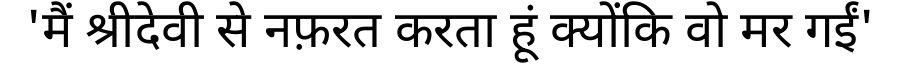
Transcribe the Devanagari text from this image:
'मैं श्रीदेवी से नफ़रत करता हूं क्योंकि वो मर गईं'